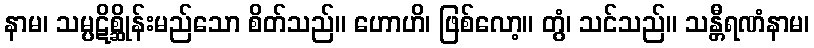
နာမ၊ သမ္ပဋိစ္ဆိုန်းမည်သော စိတ်သည်။ ဟောဟိ၊ ဖြစ်လော့။ တွံ၊ သင်သည်။ သန္တီရဏံနာမ၊